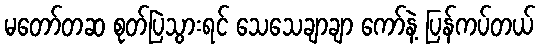
မတော်တဆ စုတ်ပြဲသွားရင် သေသေချာချာ ကော်နဲ့ ပြန်ကပ်တယ်